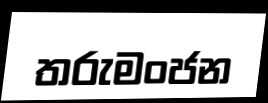
තරුමංජන